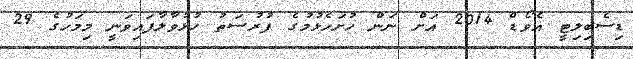
ޑިސެބިލިޓީ އެވޯޑް 2014 އަށް ނަން ހުށަހެޅުމުގެ ފުރުސަތު ހުޅުވާލާފައިވަނީ މިމަހުގެ 29